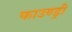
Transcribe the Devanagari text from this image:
फाउण्ड्री